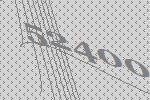
52400